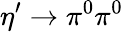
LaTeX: \eta^{\prime}\rightarrow\pi^{0}\pi^{0}